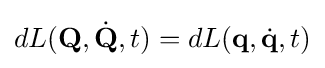
dL(\mathbf {Q} ,{\dot {\mathbf {Q} }},t)=dL(\mathbf {q} ,{\dot {\mathbf {q} }},t)